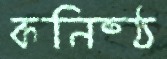
কনিষ্ঠ